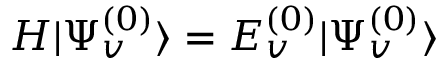
\begin{array} { r } { H | \Psi _ { v } ^ { ( 0 ) } \rangle = E _ { v } ^ { ( 0 ) } | \Psi _ { v } ^ { ( 0 ) } \rangle } \end{array}